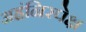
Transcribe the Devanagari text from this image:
अहंनिरपेक्ष